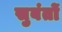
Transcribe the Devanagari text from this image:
सुबंतों